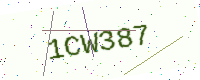
Text: 1CW387